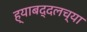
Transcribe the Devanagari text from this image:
ह्याबद्दलच्या